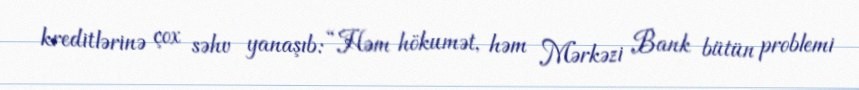
kreditlərinə çox səhv yanaşıb: “Həm hökumət, həm Mərkəzi Bank bütün problemi